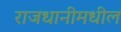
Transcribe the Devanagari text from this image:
राजधानीमधील